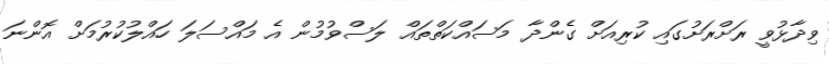
ވިދާޅުވީ ރަށްރަށުގައި ކުރިއަށް ގެންދާ މަސައްކަތްތައް ލަސްވުމުން އެ މައްސަލަ ހައްލުކުރުމަށް އޮންނަ